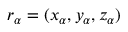
\boldsymbol { r } _ { \alpha } = ( x _ { \alpha } , y _ { \alpha } , z _ { \alpha } )